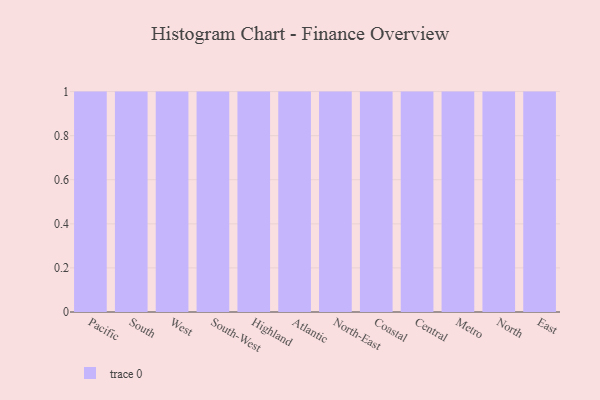
{"axis": {"x": "Region", "y": "Operating Costs (USD K)"}, "legend": [""], "data": [{"x": "Pacific", "y": 60, "type": ""}, {"x": "South", "y": 39, "type": ""}, {"x": "West", "y": 76, "type": ""}, {"x": "South-West", "y": 2, "type": ""}, {"x": "Highland", "y": 15, "type": ""}, {"x": "Atlantic", "y": 92, "type": ""}, {"x": "North-East", "y": 56, "type": ""}, {"x": "Coastal", "y": 63, "type": ""}, {"x": "Central", "y": 98, "type": ""}, {"x": "Metro", "y": 59, "type": ""}, {"x": "North", "y": 53, "type": ""}, {"x": "East", "y": 67, "type": ""}]}